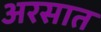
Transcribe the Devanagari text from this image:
अरसात